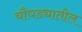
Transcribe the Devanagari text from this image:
चौघड्यातील